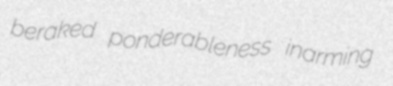
beraked ponderableness inarming